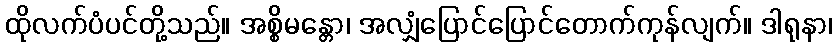
ထိုလက်ပံပင်တို့သည်။ အစ္စိမန္တော၊ အလျှံပြောင်ပြောင်တောက်ကုန်လျက်။ ဒါရုနာ၊